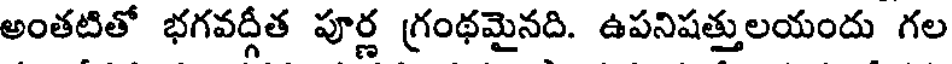
అంతటితో భగవద్గీత పూర్ణ గ్రంథమైనది. ఉపనిషత్తులయందు గల